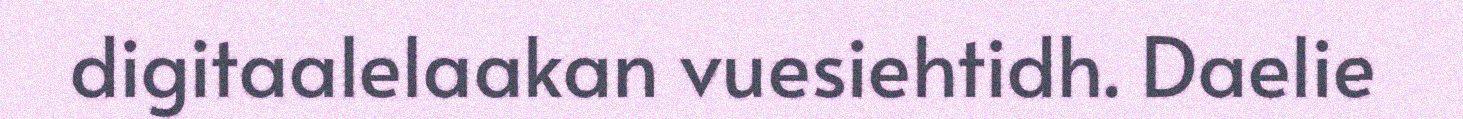
digitaalelaakan vuesiehtidh. Daelie